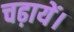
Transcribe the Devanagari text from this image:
चढ़ायें।